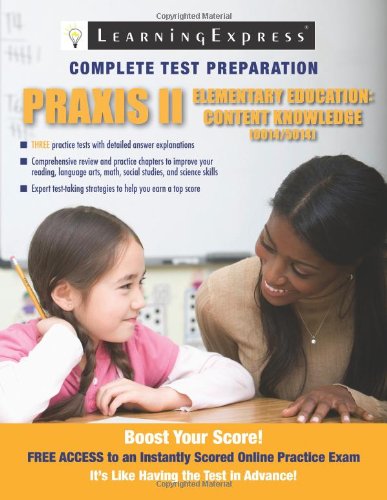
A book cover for Praxis II: Elementary Education Content Knowledge; Russell Kahn; Test Preparation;